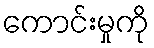
ကောင်းမှုကို